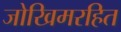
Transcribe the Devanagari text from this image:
जोखिमरहित